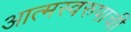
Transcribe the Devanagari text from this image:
आत्मस्वरुपाची